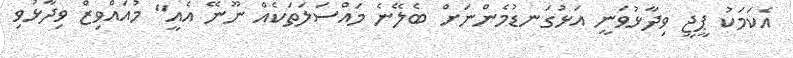
އެކަމަކު ޕީޖީ ވިދާޅުވަނީ އަޅުގަނޑުމެންނަށް ބެލޭނެ މައްސަލަތަކެއް ނޫނޭ އެއީ" މުއައްވިޒް ވިދާޅުވި